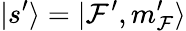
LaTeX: |s^{\prime}\rangle=|\mathcal{F}^{\prime},m_{\mathcal{F}}^{\prime}\rangle